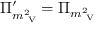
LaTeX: \Pi _ { m _ { \mathrm { \tiny ~ V } } ^ { 2 } } ^ { \prime } = \Pi _ { m _ { \mathrm { \tiny ~ V } } ^ { 2 } }